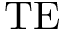
\mathrm { T E }